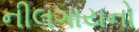
નીલગાયનો